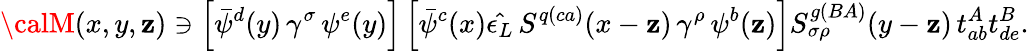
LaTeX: {\calM}(x,y,\mathbf{z})\ni\left[\bar{{\psi}}^{d}(y)\, \gamma^{\sigma}\, \psi^{e}(y)\right]\left[\bar{{\psi}}^{c}(x)\hat{{\epsilon_{L}}}\, S^{q(ca)}(x-\mathbf{z})\, \gamma^{\rho}\, \psi^{b}(\mathbf{z})\right]S_{\sigma\rho}^{g(BA)}(y-\mathbf{z})\, t_{ab}^{A}t_{de}^{B}.